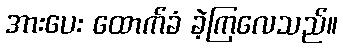
အားပေး ထောက်ခံ ခဲ့ကြလေသည်။